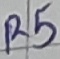
Text: R5